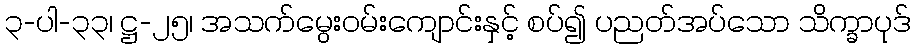
၃-ပါ-၃၃၊ ဋ္ဌ-၂၅၊ အသက်မွေးဝမ်းကျောင်းနှင့် စပ်၍ ပညတ်အပ်သော သိက္ခာပုဒ်